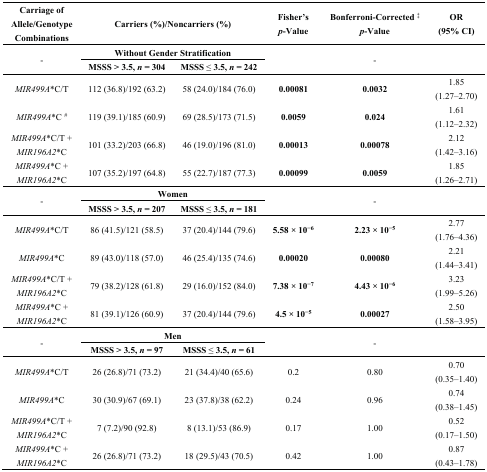
<table><thead><tr><td><b>Carriage of Allele/Genotype Combinations</b></td><td colspan="2"><b>Carriers (%)/Noncarriers (%)</b></td><td><b>Fisher’s <i>p</i>-Value</b></td><td><b>Bonferroni-Corrected <sup>‡</sup><i>p</i>-Value</b></td><td><b>OR (95% CI)</b></td></tr></thead><tbody><tr><td rowspan="2">-</td><td colspan="2"><b>Without Gender Stratification</b></td><td rowspan="2" colspan="3">-</td></tr><tr><td><b>MSSS &gt; 3.5, <i>n</i> = 304</b></td><td><b>MSSS ≤ 3.5, <i>n</i> = 242</b></td></tr><tr><td><i>MIR499A</i>*C/T</td><td>112 (36.8)/192 (63.2)</td><td>58 (24.0)/184 (76.0)</td><td><b>0.00081</b></td><td><b>0.0032</b></td><td>1.85 (1.27–2.70)</td></tr><tr><td><i>MIR499A</i>*C <sup>#</sup></td><td>119 (39.1)/185 (60.9)</td><td>69 (28.5)/173 (71.5)</td><td><b>0.0059</b></td><td><b>0.024</b></td><td>1.61 (1.12–2.32)</td></tr><tr><td><i>MIR499A</i>*C/T + <i>MIR196A2</i>*C</td><td>101 (33.2)/203 (66.8)</td><td>46 (19.0)/196 (81.0)</td><td><b>0.00013</b></td><td><b>0.00078</b></td><td>2.12 (1.42–3.16)</td></tr><tr><td><i>MIR499A</i>*C + <i>MIR196A2</i>*C</td><td>107 (35.2)/197 (64.8)</td><td>55 (22.7)/187 (77.3)</td><td><b>0.00099</b></td><td><b>0.0059</b></td><td>1.85 (1.26–2.71)</td></tr><tr><td rowspan="2">-</td><td colspan="2"><b>Women</b></td><td rowspan="2" colspan="3">-</td></tr><tr><td><b>MSSS &gt; 3.5, <i>n</i> = 207</b></td><td><b>MSSS ≤ 3.5, <i>n</i> = 181</b></td></tr><tr><td><i>MIR499A</i>*C/T</td><td>86 (41.5)/121 (58.5)</td><td>37 (20.4)/144 (79.6)</td><td><b>5.58 × 10<sup>−6</sup></b></td><td><b>2.23 × 10<sup>−5</sup></b></td><td>2.77 (1.76–4.36)</td></tr><tr><td><i>MIR499A</i>*C</td><td>89 (43.0)/118 (57.0)</td><td>46 (25.4)/135 (74.6)</td><td><b>0.00020</b></td><td><b>0.00080</b></td><td>2.21 (1.44–3.41)</td></tr><tr><td><i>MIR499A</i>*C/T + <i>MIR196A2</i>*C</td><td>79 (38.2)/128 (61.8)</td><td>29 (16.0)/152 (84.0)</td><td><b>7.38 × 10<sup>−7</sup></b></td><td><b>4.43 × 10<sup>−6</sup></b></td><td>3.23 (1.99–5.26)</td></tr><tr><td><i>MIR499A</i>*C + <i>MIR196A2</i>*C</td><td>81 (39.1)/126 (60.9)</td><td>37 (20.4)/144 (79.6)</td><td><b>4.5 × 10<sup>−5</sup></b></td><td><b>0.00027</b></td><td>2.50 (1.58–3.95)</td></tr><tr><td rowspan="2">-</td><td colspan="2"><b>Men</b></td><td rowspan="2" colspan="3">-</td></tr><tr><td><b>MSSS &gt; 3.5, <i>n</i> = 97</b></td><td><b>MSSS ≤ 3.5, <i>n</i> = 61</b></td></tr><tr><td><i>MIR499A</i>*C/T</td><td>26 (26.8)/71 (73.2)</td><td>21 (34.4)/40 (65.6)</td><td>0.2</td><td>0.80</td><td>0.70 (0.35–1.40)</td></tr><tr><td><i>MIR499A</i>*C</td><td>30 (30.9)/67 (69.1)</td><td>23 (37.8)/38 (62.2)</td><td>0.24</td><td>0.96</td><td>0.74 (0.38–1.45)</td></tr><tr><td><i>MIR499A</i>*C/T + <i>MIR196A2</i>*C</td><td>7 (7.2)/90 (92.8)</td><td>8 (13.1)/53 (86.9)</td><td>0.17</td><td>1.00</td><td>0.52 (0.17–1.50)</td></tr><tr><td><i>MIR499A</i>*C + <i>MIR196A2</i>*C</td><td>26 (26.8)/71 (73.2)</td><td>18 (29.5)/43 (70.5)</td><td>0.42</td><td>1.00</td><td>0.87 (0.43–1.78)</td></tr></tbody></table>